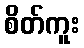
စိတ်ကူး